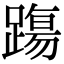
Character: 𨄆